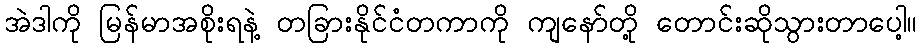
အဲဒါကို မြန်မာအစိုးရနဲ့ တခြားနိုင်ငံတကာကို ကျနော်တို့ တောင်းဆိုသွားတာပေါ့။